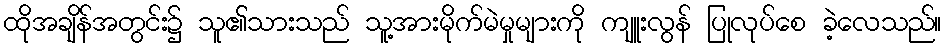
ထိုအချိန်အတွင်း၌ သူ၏သားသည် သူ့အားမိုက်မဲမှုများကို ကျူးလွန် ပြုလုပ်စေ ခဲ့လေသည်။